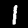
Label: 1